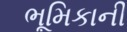
ભૂમિકાની